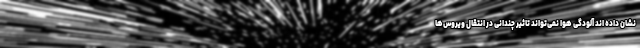
نشان داده اند آلودگی هوا نمی‌تواند تاثیر چندانی در انتقال ویروس‌ها